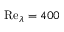
\mathrm { R e } _ { \lambda } = 4 0 0